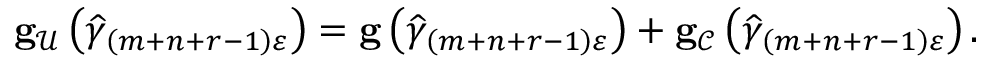
\begin{array} { r } { \mathbf { g } _ { \mathcal { U } } \left( \widehat { \gamma } _ { \left( m + n + r - 1 \right) \varepsilon } \right) = \mathbf { g } \left( \widehat { \gamma } _ { \left( m + n + r - 1 \right) \varepsilon } \right) + \mathbf { g } _ { \mathcal { C } } \left( \widehat { \gamma } _ { \left( m + n + r - 1 \right) \varepsilon } \right) . } \end{array}